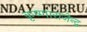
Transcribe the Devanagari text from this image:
कृष्णाराजेन्द्र